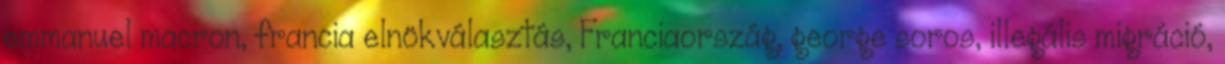
emmanuel macron, francia elnökválasztás, Franciaország, george soros, illegális migráció,